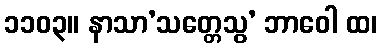
၁၁၀၃။ နာသာ’သတ္တေသွ’ ဘာဝေါ ထ၊